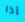
إذا